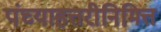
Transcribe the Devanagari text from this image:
पंच्याहत्तरीनिमित्त